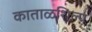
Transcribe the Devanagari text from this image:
काताळशिल्प